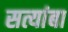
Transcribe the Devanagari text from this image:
सत्यांबा